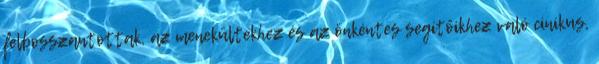
felbosszantottak, az menekültekhez és az önkéntes segítőikhez való cinikus,